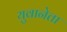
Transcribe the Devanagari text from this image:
युवानेता